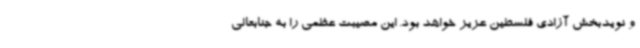
و نویدبخش آزادی فلسطین عزیز خواهد بود. این مصیبت عظمی را به جنابعالی